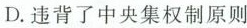
D.违背了中央集权制原则